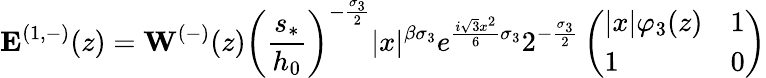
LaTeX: \mathbf{E}^{(1,-)}(z)=\mathbf{W}^{(-)}(z)\left(\frac{s_{*}}{h_{0}}\right)^{-\frac{\sigma_{3}}{2}}|x|^{{\beta}\sigma_{3}}e^{\frac{i\sqrt{3}x^{2}}{6}\sigma_{3}}2^{-\frac{\sigma_{3}}{2}}\left(\begin{array}{ll}{|x|\varphi_{3}(z)}&{1}\\ {1}&{0}\end{array}\right)